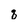
Character: q